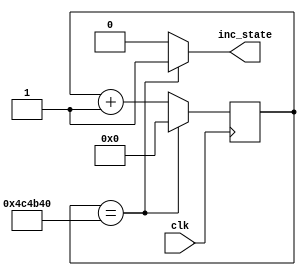
/*
   This file was generated automatically by the Mojo IDE version B1.3.6.
   Do not edit this file directly. Instead edit the original Lucid source.
   This is a temporary file and any changes made to it will be destroyed.
*/

module stateCounter_4 (
    input clk,
    output reg inc_state
  );
  
  
  
  reg [23:0] M_stateCounter_d, M_stateCounter_q = 1'h0;
  
  always @* begin
    M_stateCounter_d = M_stateCounter_q;
    
    inc_state = 1'h0;
    M_stateCounter_d = M_stateCounter_q + 1'h1;
    if (M_stateCounter_q == 24'h4c4b40) begin
      inc_state = 1'h1;
      M_stateCounter_d = 1'h0;
    end
  end
  
  always @(posedge clk) begin
    M_stateCounter_q <= M_stateCounter_d;
  end
  
endmodule